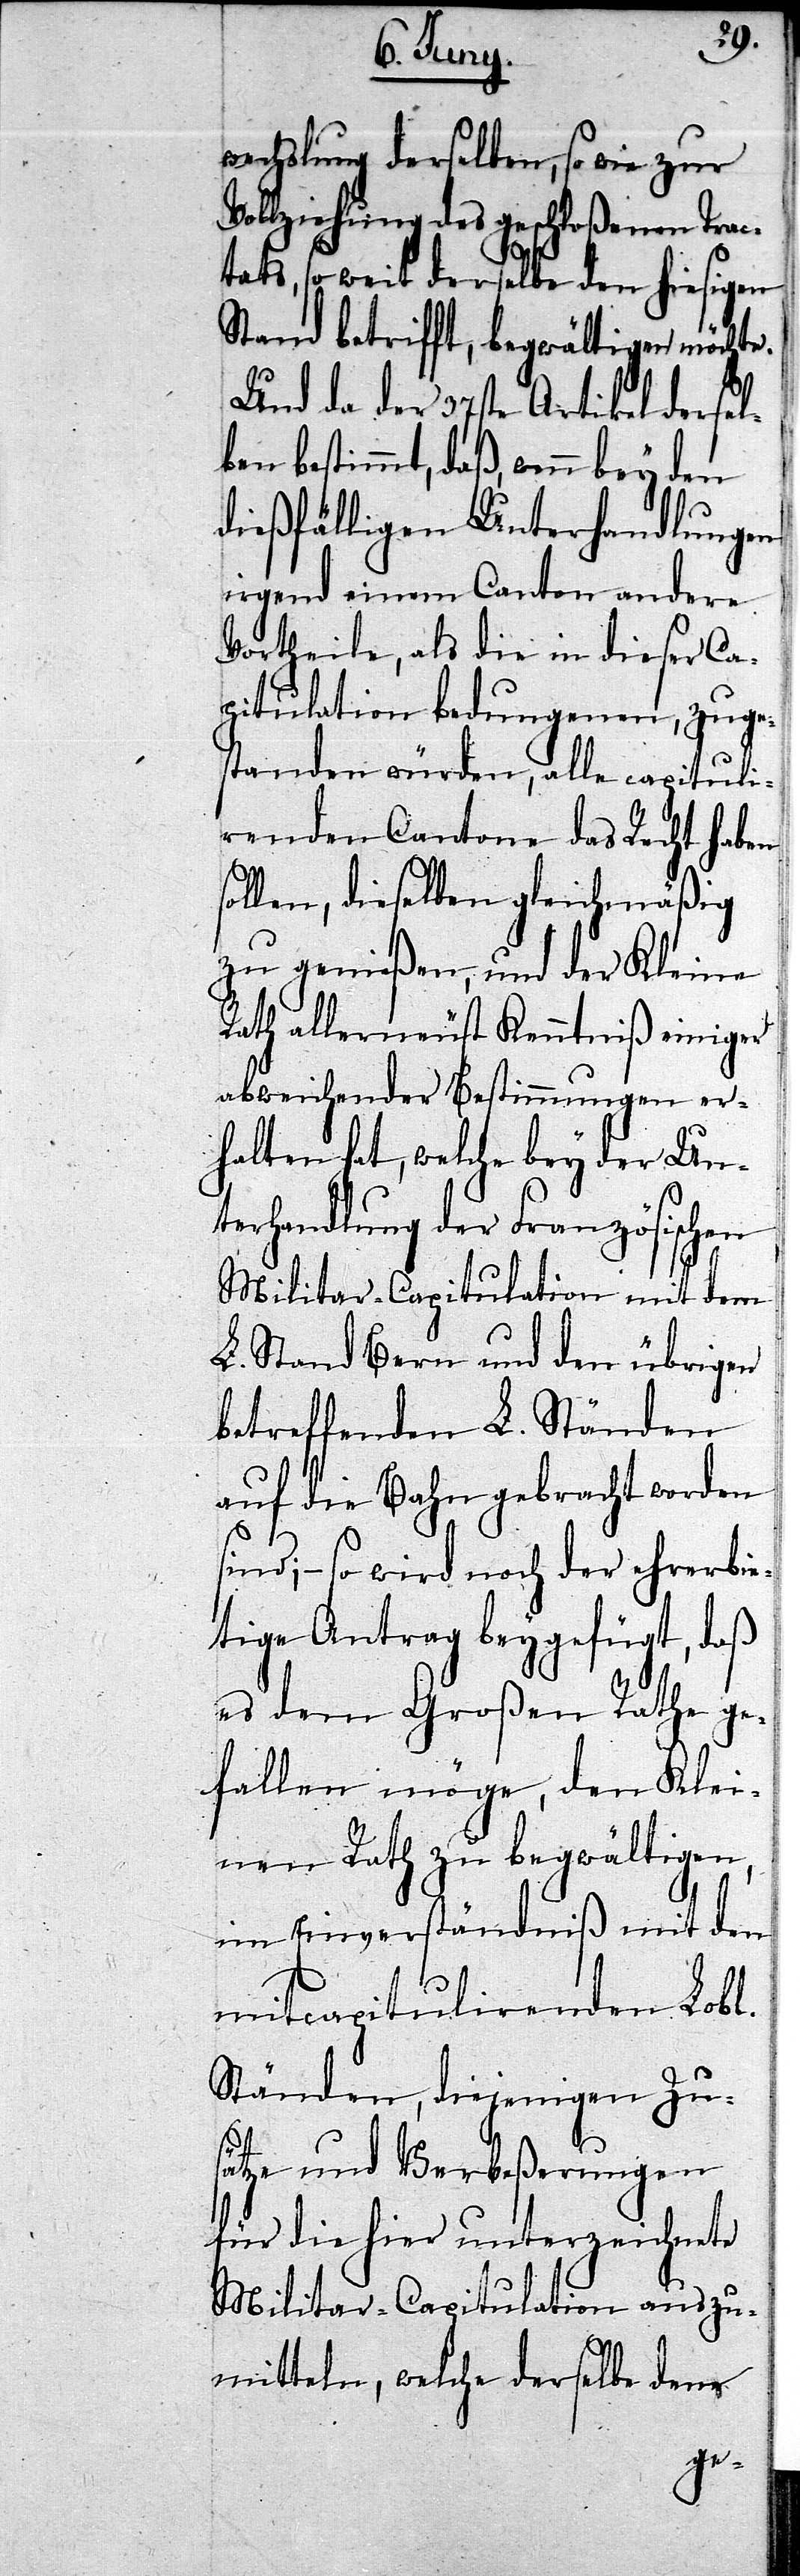
e.
wechslung derselben, so wie zur
Vollziehung des geschloßenen Trac¬
tats, so weit derselbe den hiesigen
Stand betrifft, begwältigen möcht¬
Und da der 37ste Artikel dersel¬
ben bestimmt, daß, wenn bey den
dießfälligen Unterhandlungen
irgend einem Canton andere
Vortheile, als die in dieser Ca¬
pitulation bedungenen, zuge¬
standen würden, alle capituli¬
renden Cantone das Recht haben
ollen, dieselben gleichmäßig
zu genießen, und der Kleine
Rath allerneust Kenntniß einiger
abweichender Bestimmungen er¬
halten hat, welche bey der Un¬
terhandlung der Französischen
Militar-Capitulation mit dem
L. Stand Bern und den übrigen
betreffenden L. Ständen
auf die Bahn gebracht worden
sind; – so wird noch der ehrerbie¬
tige Antrag beygefügt, daß
es dem Großen Rathe ge¬
fallen möge, den Klei¬
nen Rath zu begwältigen,
im Einverständniß mit den
mitcapitulirenden Lobl.
Ständen, diejenigen Zu¬
s¬
sätze und Verbeßerungen
für die hier unterzeichnete
Militar-Capitulation auszu¬
mitteln, welche derselbe dem